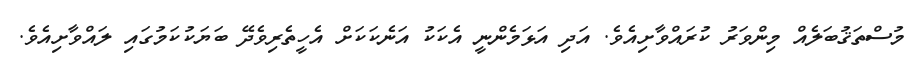
މުސްތަޤުބަލެއް މިންވަރު ކުރައްވާށިއެވެ. އަދި އަޅަމެންނީ އެކަކު އަނެކަކަށް އެހީތެރިވެދޭ ބަޔަކުކަމުގައި ލައްވާށިއެވެ.